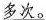
多次。